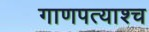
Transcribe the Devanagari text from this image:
गाणपत्याश्च